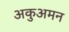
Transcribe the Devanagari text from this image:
अकुअमन